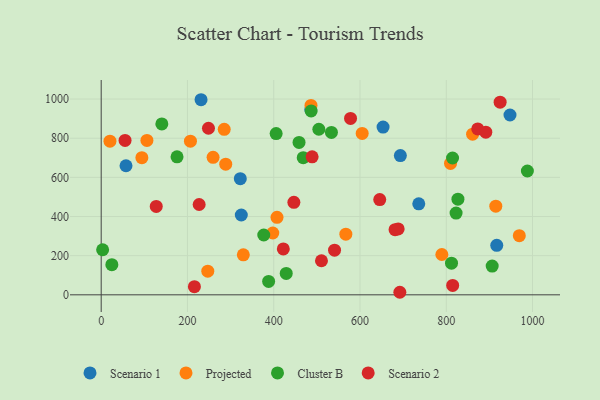
{"axis": {"x": "Price", "y": "Salary"}, "legend": ["Cluster B", "Projected", "Scenario 1", "Scenario 2"], "data": [{"x": "322.5", "y": 593.2, "type": "Scenario 1"}, {"x": "57.5", "y": 659.2, "type": "Scenario 1"}, {"x": "917.1", "y": 252.8, "type": "Scenario 1"}, {"x": "947.8", "y": 918.6, "type": "Scenario 1"}, {"x": "736.3", "y": 464.8, "type": "Scenario 1"}, {"x": "653.5", "y": 856.7, "type": "Scenario 1"}, {"x": "485.9", "y": 946.5, "type": "Scenario 1"}, {"x": "693.6", "y": 711.5, "type": "Scenario 1"}, {"x": "324.8", "y": 407.7, "type": "Scenario 1"}, {"x": "231.5", "y": 996.6, "type": "Scenario 1"}, {"x": "914.9", "y": 452.6, "type": "Projected"}, {"x": "407.6", "y": 395.7, "type": "Projected"}, {"x": "969.4", "y": 301.9, "type": "Projected"}, {"x": "285.2", "y": 845.4, "type": "Projected"}, {"x": "567.2", "y": 310.0, "type": "Projected"}, {"x": "20.3", "y": 784.7, "type": "Projected"}, {"x": "809.9", "y": 671.4, "type": "Projected"}, {"x": "288.7", "y": 667.2, "type": "Projected"}, {"x": "486.4", "y": 967.6, "type": "Projected"}, {"x": "397.8", "y": 315.8, "type": "Projected"}, {"x": "605.1", "y": 824.4, "type": "Projected"}, {"x": "259.4", "y": 702.2, "type": "Projected"}, {"x": "106.0", "y": 788.9, "type": "Projected"}, {"x": "247.1", "y": 120.8, "type": "Projected"}, {"x": "94.3", "y": 700.6, "type": "Projected"}, {"x": "789.8", "y": 206.0, "type": "Projected"}, {"x": "861.1", "y": 820.5, "type": "Projected"}, {"x": "206.9", "y": 784.9, "type": "Projected"}, {"x": "329.5", "y": 204.2, "type": "Projected"}, {"x": "988.1", "y": 632.6, "type": "Cluster B"}, {"x": "405.6", "y": 823.9, "type": "Cluster B"}, {"x": "388.2", "y": 68.4, "type": "Cluster B"}, {"x": "468.4", "y": 700.5, "type": "Cluster B"}, {"x": "376.9", "y": 305.7, "type": "Cluster B"}, {"x": "814.6", "y": 699.0, "type": "Cluster B"}, {"x": "140.6", "y": 873.0, "type": "Cluster B"}, {"x": "504.6", "y": 845.8, "type": "Cluster B"}, {"x": "486.8", "y": 939.6, "type": "Cluster B"}, {"x": "906.5", "y": 147.0, "type": "Cluster B"}, {"x": "827.1", "y": 488.6, "type": "Cluster B"}, {"x": "822.8", "y": 417.4, "type": "Cluster B"}, {"x": "429.0", "y": 109.4, "type": "Cluster B"}, {"x": "533.8", "y": 829.7, "type": "Cluster B"}, {"x": "812.2", "y": 161.7, "type": "Cluster B"}, {"x": "175.8", "y": 704.9, "type": "Cluster B"}, {"x": "458.7", "y": 778.4, "type": "Cluster B"}, {"x": "24.7", "y": 154.1, "type": "Cluster B"}, {"x": "3.3", "y": 230.3, "type": "Cluster B"}, {"x": "510.7", "y": 174.0, "type": "Scenario 2"}, {"x": "216.1", "y": 41.4, "type": "Scenario 2"}, {"x": "127.6", "y": 451.3, "type": "Scenario 2"}, {"x": "227.1", "y": 461.3, "type": "Scenario 2"}, {"x": "924.9", "y": 984.0, "type": "Scenario 2"}, {"x": "489.0", "y": 704.7, "type": "Scenario 2"}, {"x": "692.4", "y": 13.0, "type": "Scenario 2"}, {"x": "873.0", "y": 847.3, "type": "Scenario 2"}, {"x": "578.1", "y": 900.9, "type": "Scenario 2"}, {"x": "688.5", "y": 336.8, "type": "Scenario 2"}, {"x": "541.0", "y": 228.0, "type": "Scenario 2"}, {"x": "645.8", "y": 486.6, "type": "Scenario 2"}, {"x": "422.2", "y": 234.2, "type": "Scenario 2"}, {"x": "814.9", "y": 47.8, "type": "Scenario 2"}, {"x": "681.3", "y": 332.9, "type": "Scenario 2"}, {"x": "446.7", "y": 472.5, "type": "Scenario 2"}, {"x": "891.7", "y": 830.6, "type": "Scenario 2"}, {"x": "55.3", "y": 788.8, "type": "Scenario 2"}, {"x": "248.7", "y": 850.9, "type": "Scenario 2"}]}